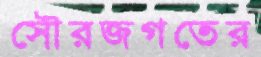
সৌরজগতের